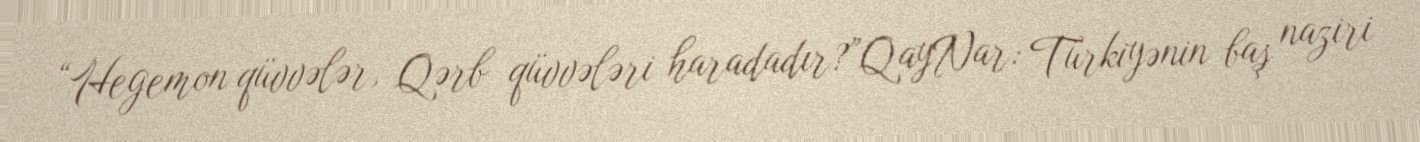
“Hegemon qüvvələr, Qərb qüvvələri haradadır?”QayNar: Türkiyənin baş naziri